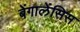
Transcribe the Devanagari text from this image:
बेंगालेंसिस